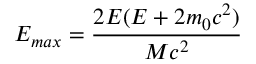
E _ { m a x } = \frac { 2 E ( E + 2 m _ { 0 } c ^ { 2 } ) } { M c ^ { 2 } }